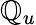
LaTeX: \mathbb{Q}_{u}